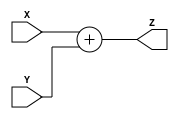
module ADDER_DataPath_RISC_V  (
    X,Y,Z
);
input  [31:0] X,Y;
output [31:0] Z;

assign Z = X + Y;
    
endmodule